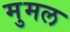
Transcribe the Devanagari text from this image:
मुमल